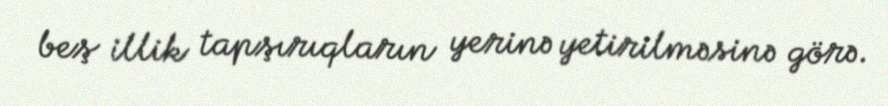
beş illik tapşırıqların yerinə yetirilməsinə görə.